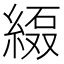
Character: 𱹻